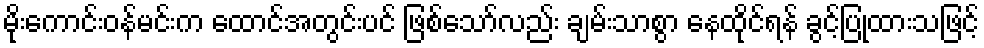
မိုးကောင်းဝန်မင်းက ထောင်အတွင်းပင် ဖြစ်သော်လည်း ချမ်းသာစွာ နေထိုင်ရန် ခွင့်ပြုထားသဖြင့်